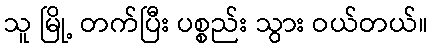
သူ မြို့ တက်ပြီး ပစ္စည်း သွား ဝယ်တယ်။